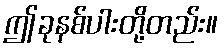
ဤခုနစ်ပါးတို့တည်း။